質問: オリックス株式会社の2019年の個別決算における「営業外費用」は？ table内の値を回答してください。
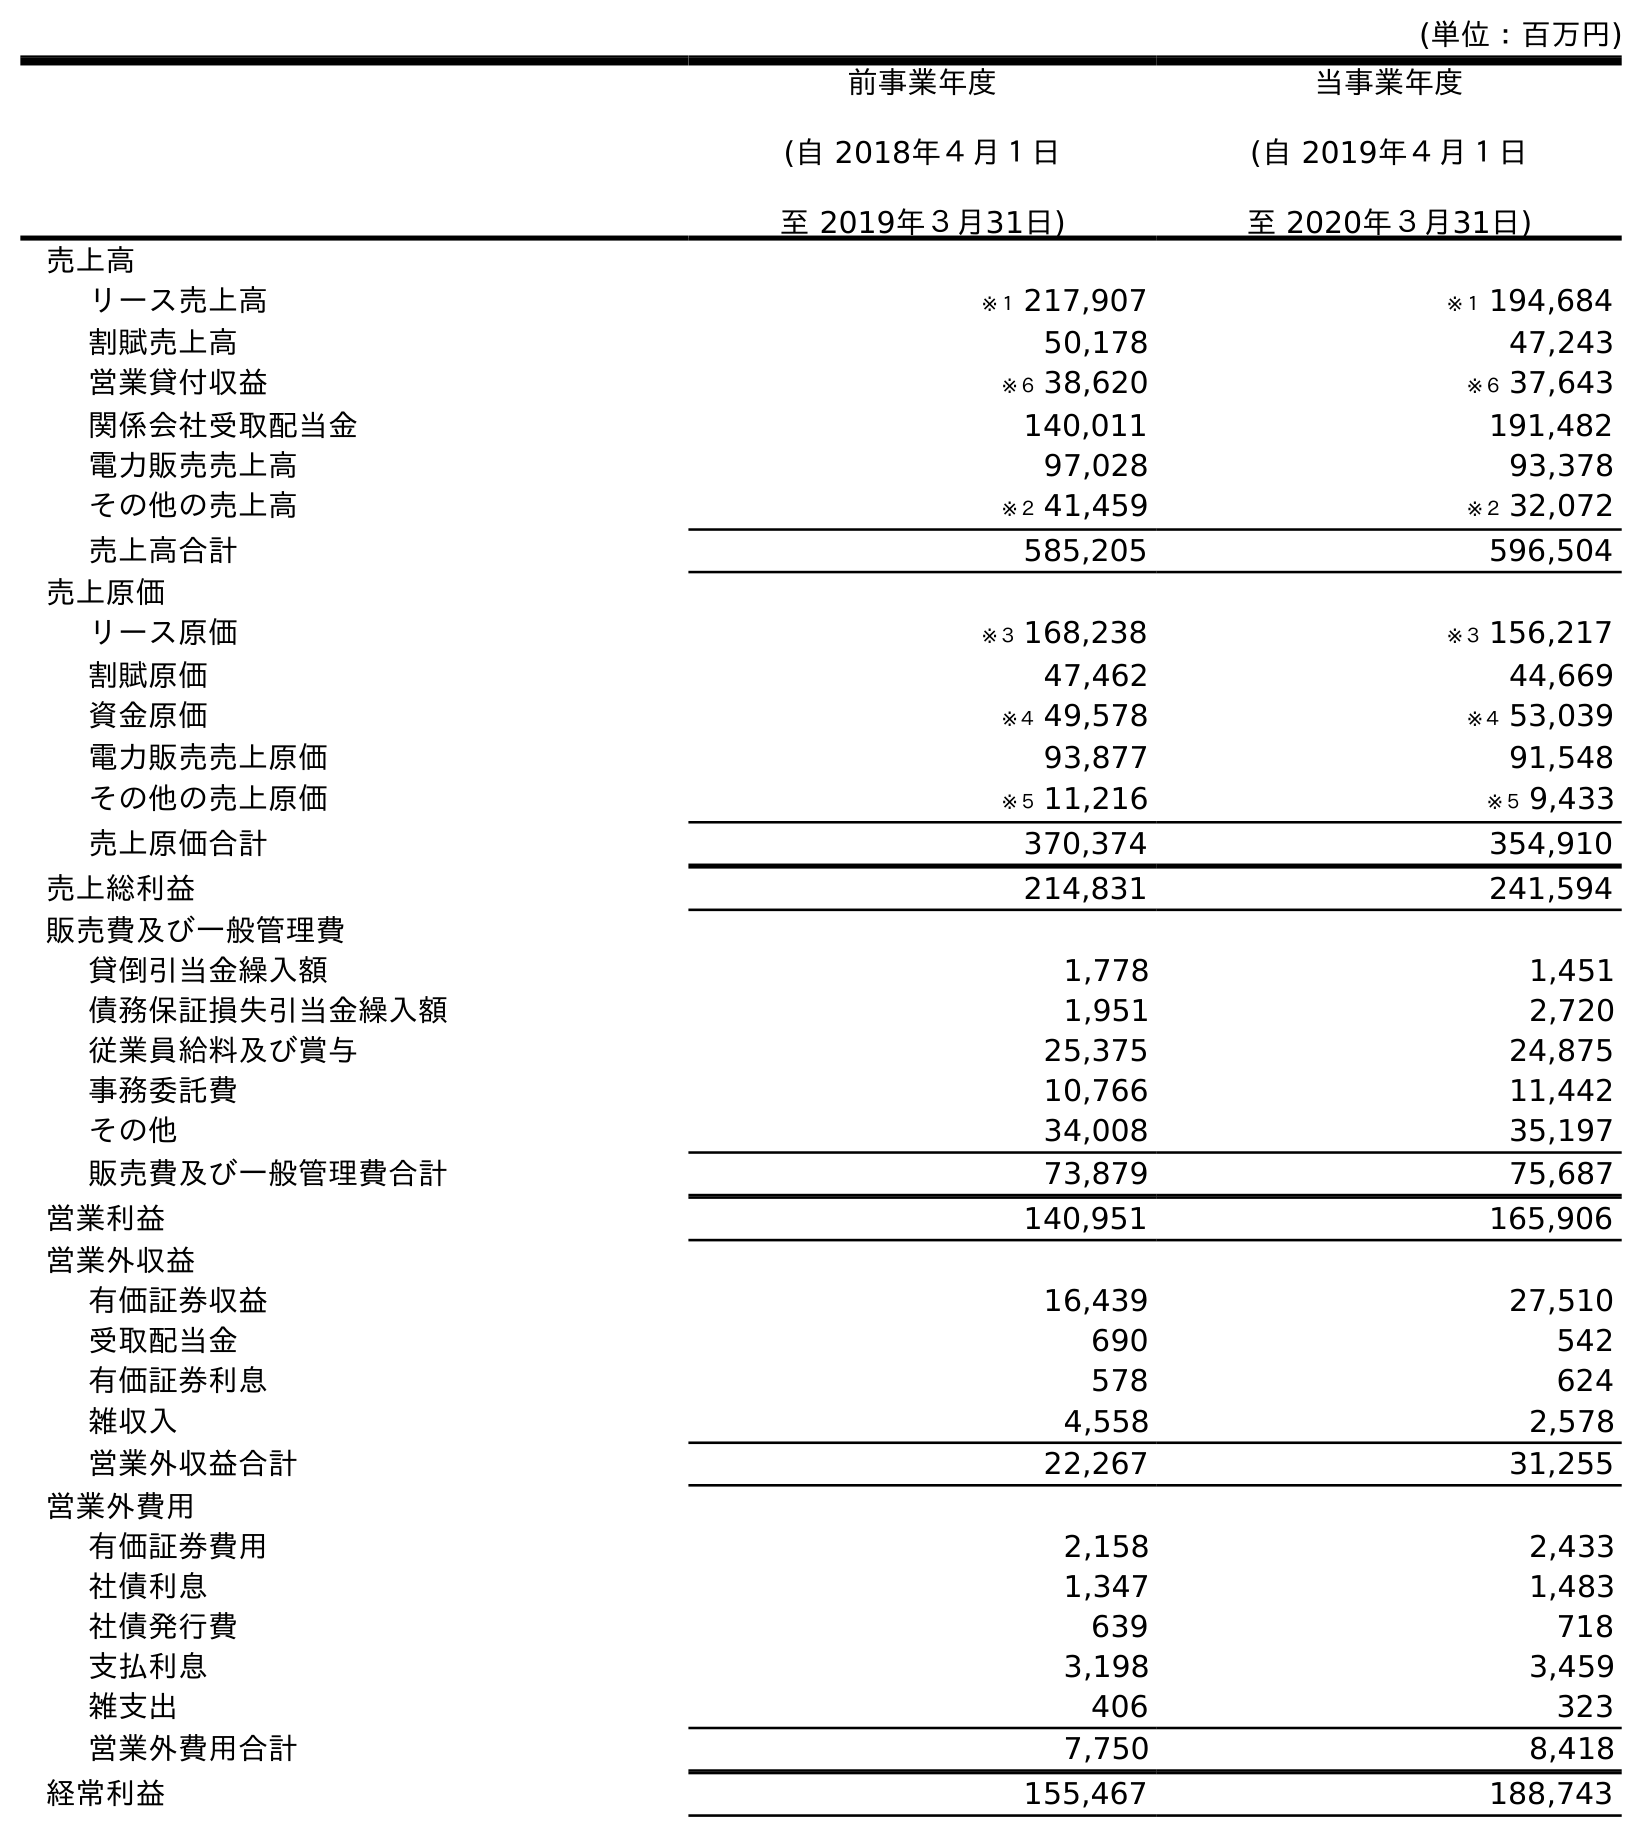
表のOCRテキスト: (単位：百万円) 前事業年度 (自 2018年４月１日 至 2019年３月31日) 当事業年度 (自 2019年４月１日 至 2020年３月31日) 売上高 リース売上高 ※１ 217,907 ※１ 194,684 割賦売上高 50,178 47,243 営業貸付収益 ※６ 38,620 ※６ 37,643 関係会社受取配当金 140,011 191,482 電力販売売上高 97,028 93,378 その他の売上高 ※２ 41,459 ※２ 32,072 売上高合計 585,205 596,504 売上原価 リース原価 ※３ 168,238 ※３ 156,217 割賦原価 47,462 44,669 資金原価 ※４ 49,578 ※４ 53,039 電力販売売上原価 93,877 91,548 その他の売上原価 ※５ 11,216 ※５ 9,433 売上原価合計 370,374 354,910 売上総利益 214,831 241,594 販売費及び一般管理費 貸倒引当金繰入額 1,778 1,451 債務保証損失引当金繰入額 1,951 2,720 従業員給料及び賞与 25,375 24,875 事務委託費 10,766 11,442 その他 34,008 35,197 販売費及び一般管理費合計 73,879 75,687 営業利益 140,951 165,906 営業外収益 有価証券収益 16,439 27,510 受取配当金 690 542 有価証券利息 578 624 雑収入 4,558 2,578 営業外収益合計 22,267 31,255 営業外費用 有価証券費用 2,158 2,433 社債利息 1,347 1,483 社債発行費 639 718 支払利息 3,198 3,459 雑支出 406 323 営業外費用合計 7,750 8,418 経常利益 155,467 188,743
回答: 7,750